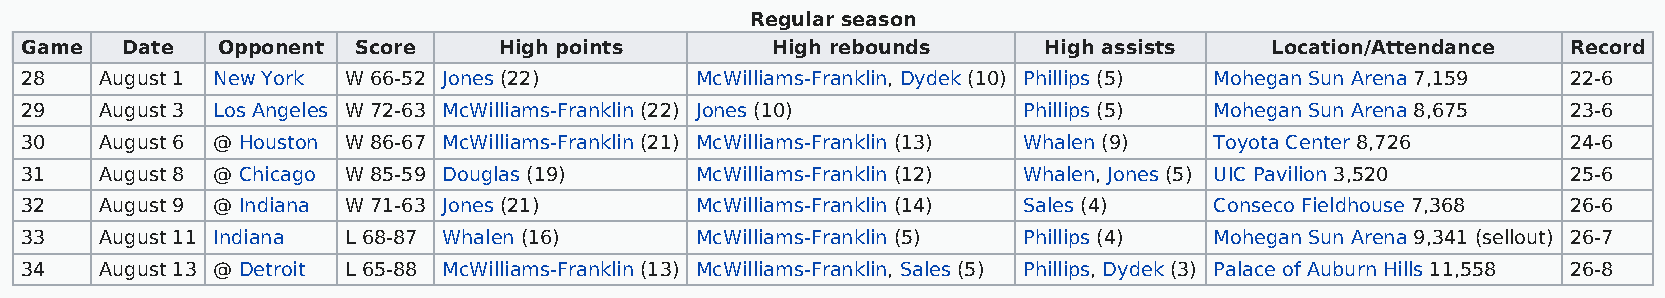
Regular season
 Game   Date  Opponent Score     High points       High rebounds     High assists   Location/Attendance Record
 28    August 1 New York W 66-52 Jones (22)   McWilliams-Franklin, Dydek (10) Phillips (5) Mohegan Sun Arena 7,159 22-6
 29    August 3 Los Angeles W 72-63 McWilliams-Franklin (22) Jones (10) Phillips (5) Mohegan Sun Arena 8,675 23-6
 30    August 6 @ Houston W 86-67 McWilliams-Franklin (21) McWilliams-Franklin (13) Whalen (9) Toyota Center 8,726 24-6
 31    August 8 @ Chicago W 85-59 Douglas (19) McWilliams-Franklin (12) Whalen, Jones (5) UIC Pavilion 3,520 25-6
 32    August 9 @ Indiana W 71-63 Jones (21)  McWilliams-Franklin (14) Sales (4) Conseco Fieldhouse 7,368 26-6
 33    August 11 Indiana L 68-87 Whalen (16)  McWilliams-Franklin (5) Phillips (4) Mohegan Sun Arena 9,341 (sellout) 26-7
 34    August 13 @ Detroit L 65-88 McWilliams-Franklin (13) McWilliams-Franklin, Sales (5) Phillips, Dydek (3) Palace of Auburn Hills 11,558 26-8